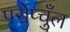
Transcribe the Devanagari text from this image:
पर्सेप्चुँल